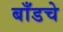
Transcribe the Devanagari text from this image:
बाँडचे